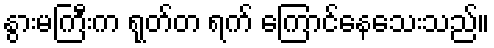
နွားမကြီးက ရုတ်တ ရက် ကြောင်နေသေးသည်။